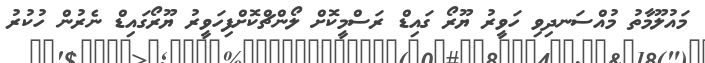
މައުލޫމާތު މުއްސަނދިވި ހަވީރު ޔޫރޯ ގައިޑް ރަސްމީކޮށް ލޯންޗްކޮށްފިހަވީރު ޔޫރޯގައިޑް ނެރުން ހުކުރު